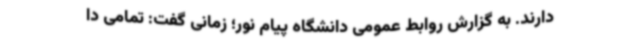
دارند. به گزارش روابط عمومی دانشگاه پیام نور؛ زمانی گفت: تمامی دا